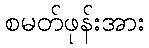
စမတ်ဖုန်းအား